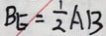
B E = \frac { 1 } { 2 } A B